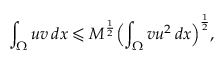
\int _ { \Omega } { u v \, d x } \leqslant M ^ { \frac { 1 } { 2 } } \Bigl ( \int _ { \Omega } { v u ^ { 2 } \, d x } \Bigr ) ^ { \frac { 1 } { 2 } } ,